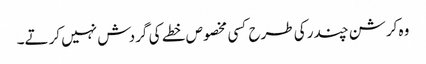
وہ کرشن چندر کی طرح کسی مخصوص خطے کی گردش نہیں کرتے۔